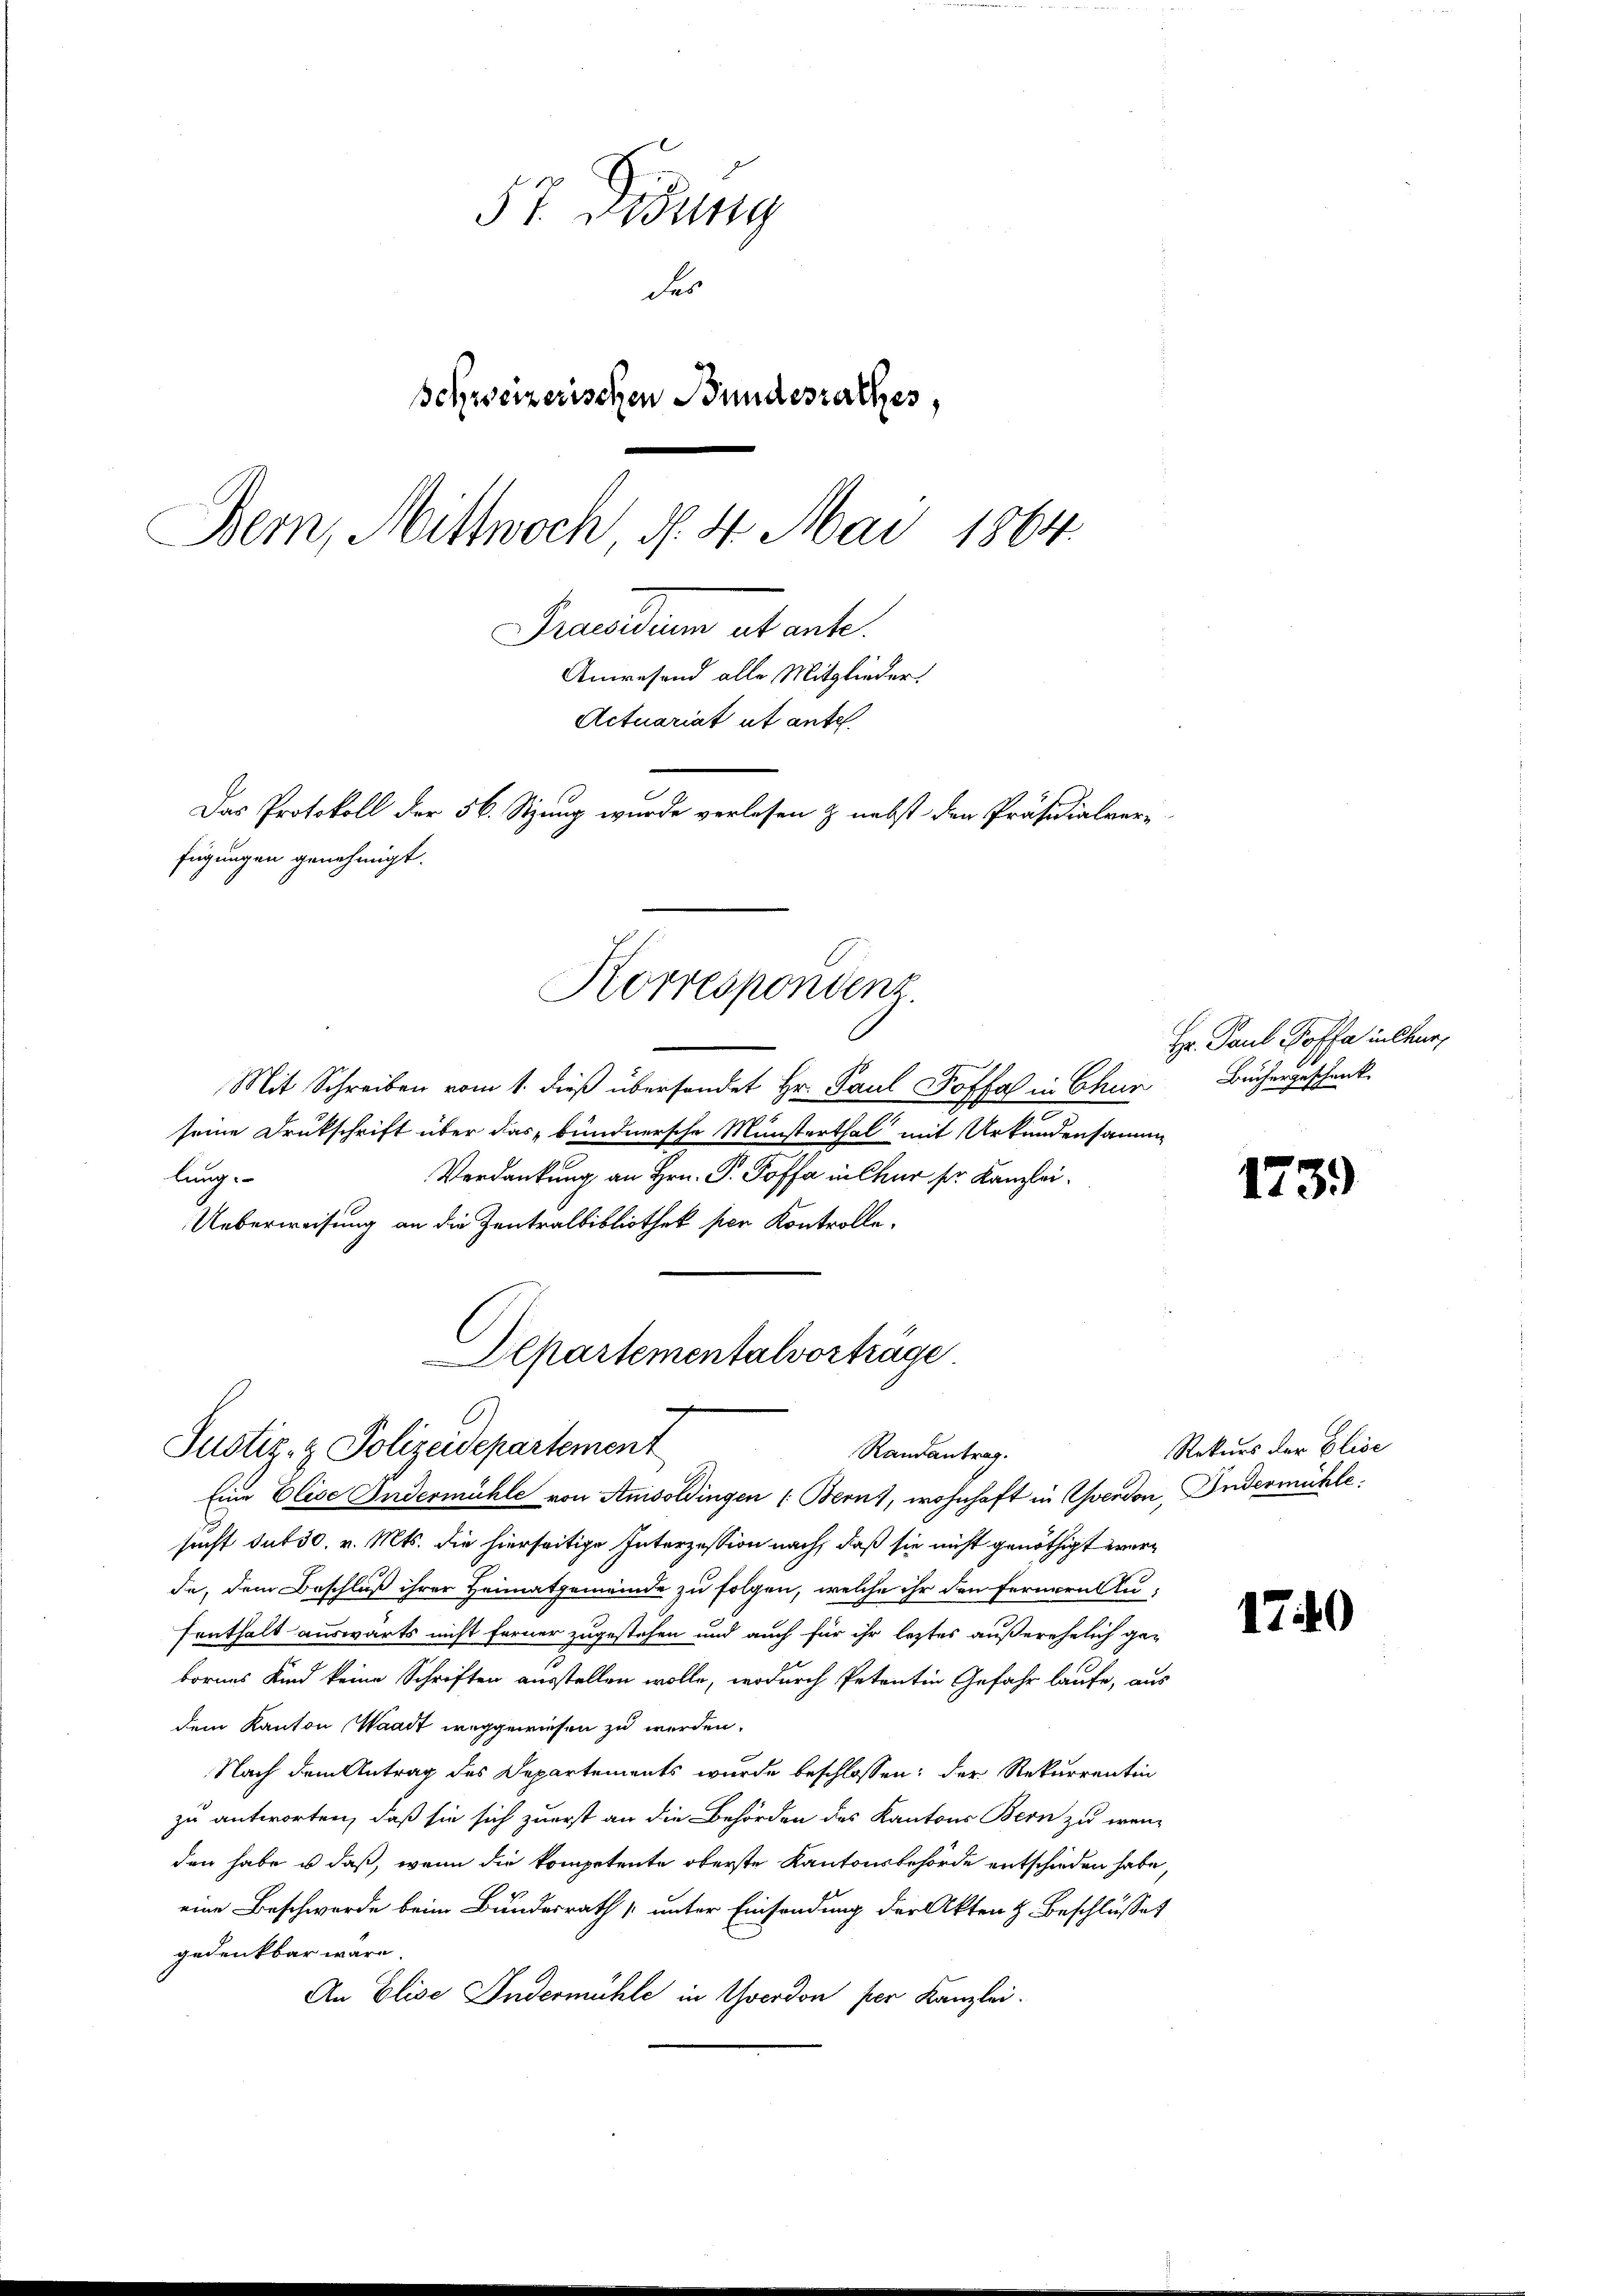
57. Didung
des
Schweizerischen Bundesrathes,
Bern, Mittwoch, d. 4. Mai 1864.
Praesiduum et ante.
Anwesend alle Mitglieder
Actuariat ut ante.
Das Protokoll der 56. Sitzung wurde verlesen & nebst den Präsidialver-
fügungen genehmigt.

Mit Schreiben vom 1. dieß überhandet Hr. Paul Soffa in Chun Büchergeschenk
seine Drukschrift über das bundnersche Münsterthal mit Urkundensamm
lung.
Verdankung an Hrn. P. Poffe in Chur ser Kanzlei.
Ueberweisung an die Zentralbibliothek per Kontrolle.

Korrespondenz

Departementalvorträge
7
Justiz- & Polizeidepartement
Randantrag.
Eine Elise Indermühle von Anisoldingen (Berns, wohnhaft in evendon, Indermühle¬

sucht dit 30. v. Mts. die hierseitige Interzession nach, daß sie nicht genöthigt werde, dem Beschluß ihrer Heimatgemeinde zu folgen, welche ihr den Fernern Zufenthalt auswärts nicht ferner zugestehen und auch für ihr leztes außerehelich ge-
bornes Kind keine Schriften ausstellen wolle, wodurch Petentin Gefahr laufe, aus
dem Kanton Waadt weggewiesen zu werden.
Nach dem Antrag des Departements wurde beschlossen: der Rekurrentin
zu antworten, daß sie sich zuerst an die Behörden des Kantons Bern zu wenden habe u daß, wenn die kompetente oberste Kantonsbehörde entschieden habe,
eine Beschwerde beim Bundesrath unter Einsendung der Akten z. Beschlusset
gedenkbar wäre
An Elise Indermühle in Yverdon per Kanzlei.

Hr. Paul Koffe in Chur,

1739)

Rekurs der Elise

1740